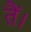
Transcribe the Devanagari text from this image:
तैं।